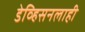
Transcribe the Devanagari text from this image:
डेव्हिसनलाही